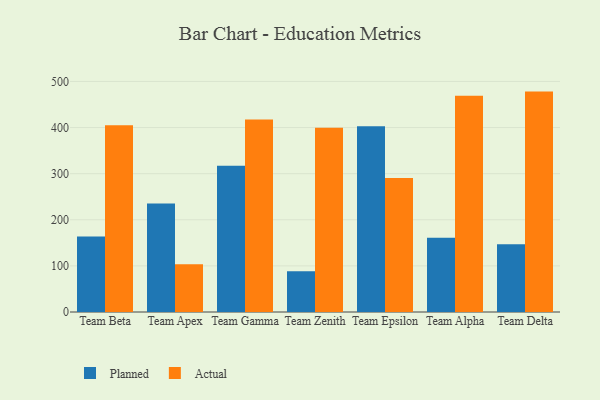
{"axis": {"x": "Team", "y": "Revenue (USD Million)"}, "legend": ["Actual", "Planned"], "data": [{"x": "Team Beta", "y": 163.7, "type": "Planned"}, {"x": "Team Beta", "y": 405.0, "type": "Actual"}, {"x": "Team Apex", "y": 235.1, "type": "Planned"}, {"x": "Team Apex", "y": 103.4, "type": "Actual"}, {"x": "Team Gamma", "y": 317.0, "type": "Planned"}, {"x": "Team Gamma", "y": 417.3, "type": "Actual"}, {"x": "Team Zenith", "y": 88.5, "type": "Planned"}, {"x": "Team Zenith", "y": 399.4, "type": "Actual"}, {"x": "Team Epsilon", "y": 402.9, "type": "Planned"}, {"x": "Team Epsilon", "y": 290.6, "type": "Actual"}, {"x": "Team Alpha", "y": 161.0, "type": "Planned"}, {"x": "Team Alpha", "y": 469.1, "type": "Actual"}, {"x": "Team Delta", "y": 146.9, "type": "Planned"}, {"x": "Team Delta", "y": 478.0, "type": "Actual"}]}